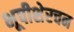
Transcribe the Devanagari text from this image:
भूपीशेरचन